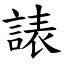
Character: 諘